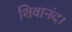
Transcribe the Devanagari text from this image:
शिवानंद।